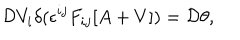
LaTeX: { \cal D } V _ { i } \delta ( \epsilon ^ { i j } F _ { i j } [ A + V ] ) = { \cal D } \theta ,